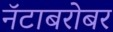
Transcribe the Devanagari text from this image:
नॅटाबरोबर